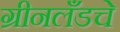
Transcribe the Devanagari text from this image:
ग्रीनलँडचे